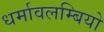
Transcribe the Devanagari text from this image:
धर्मावलम्बियो